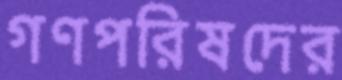
গণপরিষদের